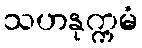
သဟနုက္ကမံ